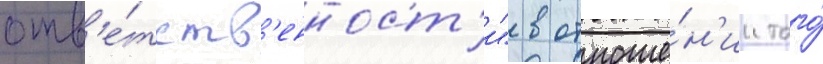
отв'е́тств'енност'и" в отноше́н'ии того́